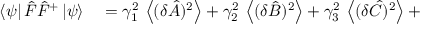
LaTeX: \begin{array} { r l } { \left\langle \psi \right| { \hat { F } } { \hat { F } } ^ { + } \left| \psi \right\rangle } & { { } = \gamma _ { 1 } ^ { 2 } \, \left\langle ( \delta { \hat { A } } ) ^ { 2 } \right\rangle + \gamma _ { 2 } ^ { 2 } \, \left\langle ( \delta { \hat { B } } ) ^ { 2 } \right\rangle + \gamma _ { 3 } ^ { 2 } \, \left\langle ( \delta { \hat { C } } ) ^ { 2 } \right\rangle + } \end{array}